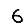
Digit: 6